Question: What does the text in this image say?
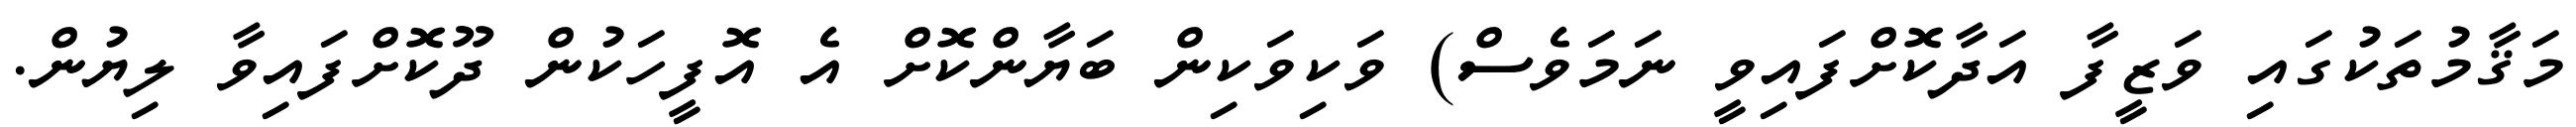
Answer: މަޤާމުތަކުގައި ވަޒީފާ އަދާކޮށްފައިވީ ނަމަވެސް) ވަކިވަކިން ބަޔާންކޮށް އެ އޮފީހަކުން ދޫކޮށްފައިވާ ލިޔުން.